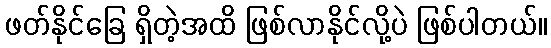
ဖတ်နိုင်ခြေ ရှိတဲ့အထိ ဖြစ်လာနိုင်လို့ပဲ ဖြစ်ပါတယ်။